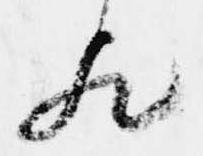
歟